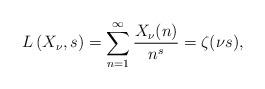
LaTeX: \begin{align*}L\left(X_{\nu},s\right)=\sum^{\infty}_{n=1}\frac{X_{\nu}(n)}{n^s}=\zeta(\nu s),\end{align*}